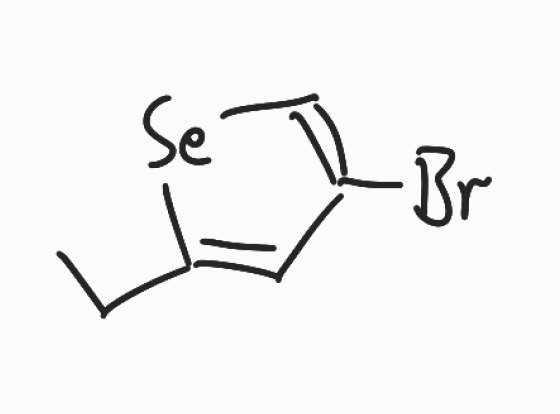
Simplified molecular-input line-entry system (SMILES) notation of the given molecule:
CCC1=CC(=C[Se]1)Br